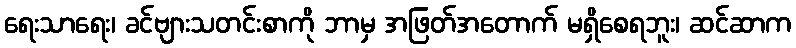
ရေးသာရေး၊ ခင်ဗျားသတင်းစာကို ဘာမှ အဖြတ်အတောက် မရှိစေရဘူး၊ ဆင်ဆာက